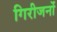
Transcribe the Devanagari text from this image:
गिरीजनों